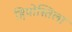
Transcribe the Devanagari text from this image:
हिपोस्तिला